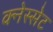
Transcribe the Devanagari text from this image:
क्नेस्सेट